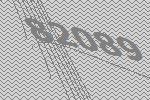
82089